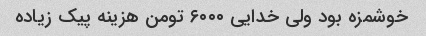
خوشمزه بود ولی خدایی ۶۰۰۰ تومن هزینه پیک زیاده